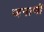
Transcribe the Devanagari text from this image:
जनाणी